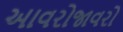
આવરોજાવરો